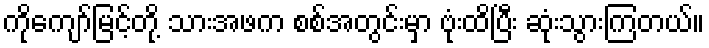
ကိုကျော်မြင့်တို့ သားအဖက စစ်အတွင်းမှာ ဗုံးထိပြီး ဆုံးသွားကြတယ်။